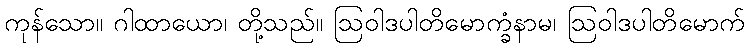
ကုန်သော။ ဂါထာယော၊ တို့သည်။ ဩဝါဒပါတိမောက္ခံနာမ၊ ဩဝါဒပါတိမောက်